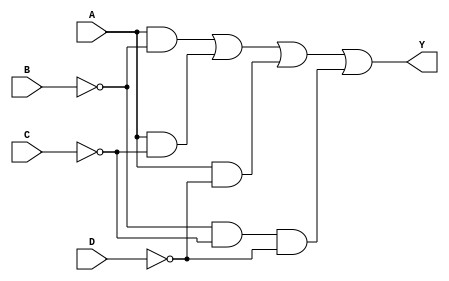
 

// Ecuacin a implementar: Y = AB' + AC' + AD' + B'C'D'
module Ejer2Tabla1(input wire A, B, C, D, output wire Y);
//Outputs de gates
  wire NB, NC, ND, A1, A2, A3, A4;
//programacin gates
  not (NB, B);
  not (NC, C);
  not (ND, D);
  and (A1, A, NB);
  and (A2, A, NC);
  and (A3, A, ND);
  and (A4, NB, NC, ND);
  or  (Y, A1, A2, A3, A4);

endmodule


// Ecuacin a implementar: Y = C + B'
module Ejer2Tabla2(input wire A, B, C, output wire Y);
//output de gates
  wire NB;
//programacin de gates
  not (NB, B);
  or  (Y, NB, C);

endmodule


// Ecuacin a implementar: Y = B + C'D + AD
module Ejer2Tabla3(input wire A, B, C, D, output wire Y);
//output de gates
  wire NC, A1, A2;
//programacin de gates
  not (NC, C);
  and (A1, NC, D);
  and (A2, A, D);
  or  (Y, A1, A2, B);

endmodule


// Ecuacin a implementar: Y = A'C' + B
module Ejer2Tabla4(input wire A, B, C, output wire Y);
//output de gates
  wire NA, NC, A1;
//programacin de gates
  not (NA, A);
  not (NC, C);
  and (A1, NA, NC);
  or  (Y, A1, B);

endmodule


//Cominezo progra utilizando operadores lgicos

//Ecuacin a implementar: AC + AB' +A'C'
module Ejer1Tabla1(input wire A, B, C, output wire Y);

  assign Y = (A&C)|(A&~B)|(~A&~C);

endmodule


//Ecuacin a implementar: B'
module Ejer1Tabla2(input wire A, B, C, output wire Y);

  assign Y = ~B;

endmodule


//Ecuacin a implementar: A'B'C'D' + ABC'D' + A'BC'D + AB'C'D + A'B'CD + ABCD + A'BCD' + AB'CD'
module Ejer1Tabla3(input wire A, B, C, D, output wire Y);

  assign Y = (~A&~B&~C&~D)|(A&B&~C&~D)|(~A&B&~C&D)|(A&~B&~C&D)|(~A&~B&C&D)|(A&B&C&D)|(~A&B&C&~D)|(A&~B&C&~D);

endmodule


//Ecuacin a implementar: AB + AC+ AD'
module Ejer1Tabla4(input wire A, B, C, D, output wire Y);

  assign Y = (A&B)|(A&C)|(A&~D);

endmodule